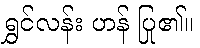
ရွှင်လန်း ဟန် ပြု၏။